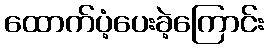
ထောက်ပံ့ပေးခဲ့ကြောင်း